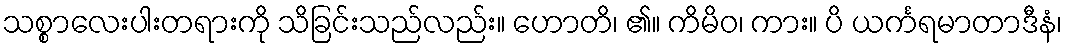
သစ္စာလေးပါးတရားကို သိခြင်းသည်လည်း။ ဟောတိ၊ ၏။ ကိမိဝ၊ ကား။ ပိ ယင်္ကရမာတာဒီနံ၊